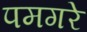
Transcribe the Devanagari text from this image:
पमगरे